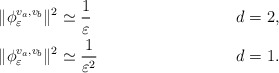
\begin{align*}&\|\phi_\varepsilon^{v_a,v_b}\|^2\simeq\frac1\varepsilon \;&\; d&=2, \\&\|\phi_\varepsilon^{v_a,v_b}\|^2\simeq\frac1{\varepsilon^2}\;& \; d&=1.\end{align*}